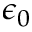
\epsilon _ { 0 }